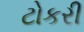
ટોકરી